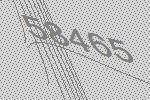
58465